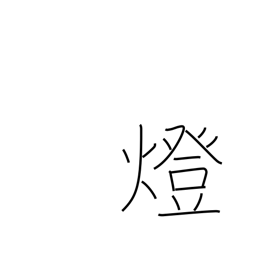
Meaning: counter for lights